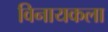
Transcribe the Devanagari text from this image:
विनायकला